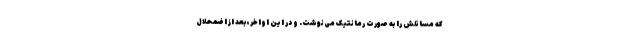
که مسائلش را به صورت رمانتیک می‌نوشت. و در این اواخر، بعد از اضمحلال